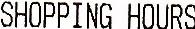
SHOPPING HOURS